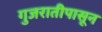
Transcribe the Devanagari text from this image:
गुजरातीपासून